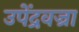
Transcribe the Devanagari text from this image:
उपेंद्रवज्रा